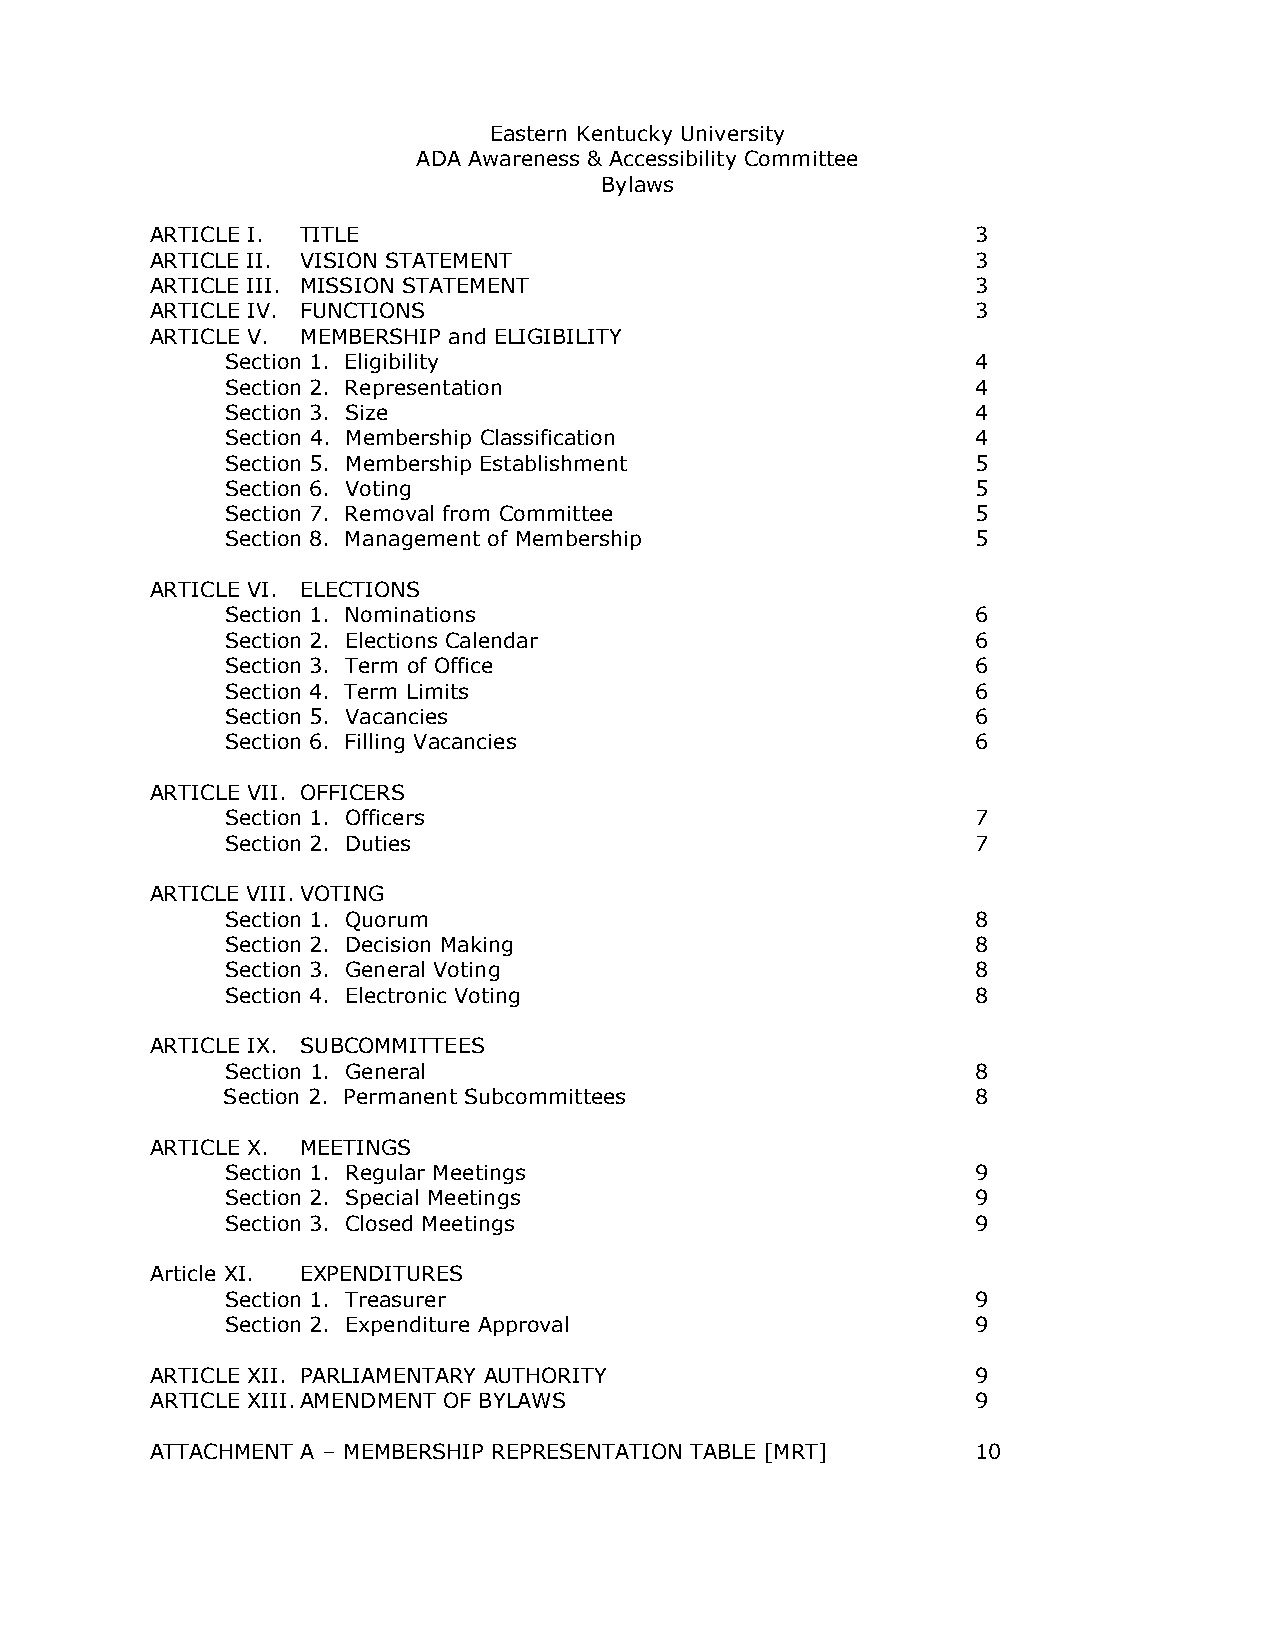
Eastern Kentucky University
 ADA Awareness & Accessibility Committee
 Bylaws
 ARTICLE I. TITLE                                       3
 ARTICLE II. VISION STATEMENT                           3
 ARTICLE III. MISSION STATEMENT                         3
 ARTICLE IV. FUNCTIONS                                  3
 ARTICLE V. MEMBERSHIP and ELIGIBILITY
 Section 1. Eligibility                            4
 Section 2. Representation                         4
 Section 3. Size                                   4
 Section 4. Membership Classification              4
 Section 5. Membership Establishment               5
 Section 6. Voting                                 5
 Section 7. Removal from Committee                 5
 Section 8. Management of Membership               5
 ARTICLE VI. ELECTIONS
 Section 1. Nominations                            6
 Section 2. Elections Calendar                     6
 Section 3. Term of Office                         6
 Section 4. Term Limits                            6
 Section 5. Vacancies                              6
 Section 6. Filling Vacancies                      6
 ARTICLE VII. OFFICERS
 Section 1. Officers                               7
 Section 2. Duties                                 7
 ARTICLE VIII. VOTING
 Section 1. Quorum                                 8
 Section 2. Decision Making                        8
 Section 3. General Voting                         8
 Section 4. Electronic Voting                      8
 ARTICLE IX. SUBCOMMITTEES
 Section 1. General                                8
 Section 2. Permanent Subcommittees                8
 ARTICLE X. MEETINGS
 Section 1. Regular Meetings                       9
 Section 2. Special Meetings                       9
 Section 3. Closed Meetings                        9
 Article XI. EXPENDITURES
 Section 1. Treasurer                              9
 Section 2. Expenditure Approval                   9
 ARTICLE XII. PARLIAMENTARY AUTHORITY                   9
 ARTICLE XIII. AMENDMENT OF BYLAWS                      9
 ATTACHMENT A – MEMBERSHIP REPRESENTATION TABLE [MRT]   10